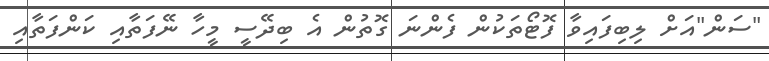
"ސަން"އަށް ލިބިފައިވާ ފޮޓޯތަކުން ފެންނަ ގޮތުން އެ ބިދޭސީ މީހާ ނޭފަތާއި ކަންފަތާއި